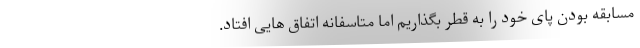
مسابقه بودن پای خود را به قطر بگذاریم اما متاسفانه اتفاق هایی افتاد.